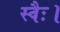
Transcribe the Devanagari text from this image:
स्वैः।